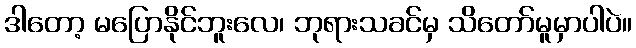
ဒါတော့ မပြောနိုင်ဘူးလေ၊ ဘုရားသခင်မှ သိတော်မူမှာပါပဲ။